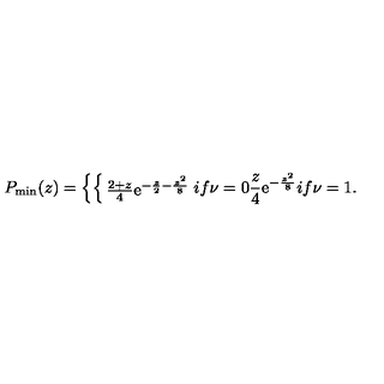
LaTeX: P _ { \mathrm { m i n } } ( z ) = \left\{ \begin{cases} { { \frac { 2 + z } { 4 } } \mathrm { e } ^ { - { \frac { z } { 2 } } - { \frac { z ^ { 2 } } { 8 } } } } & { i f \nu = 0 } \\ { { \frac { z } { 4 } } \mathrm { e } ^ { - { \frac { z ^ { 2 } } { 8 } } } } & { i f \nu = 1 . } \\ \end{cases} \right.